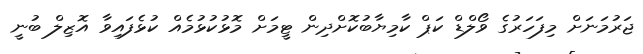
ޖަރުމަނަށް މިފަހަރުގެ ވޯލްޑް ކަޕް ކާމިޔާބުކޮށްދިން ޓީމަށް މޮޅުކުޅުމެއް ކުޅެފައިވާ އޮޒިލް ބުނީ